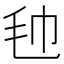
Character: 𣬢